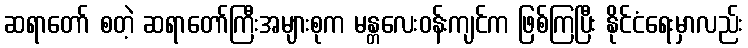
ဆရာတော် စတဲ့ ဆရာတော်ကြီးအများစုက မန္တလေးဝန်းကျင်က ဖြစ်ကြပြီး နိုင်ငံရေးမှာလည်း